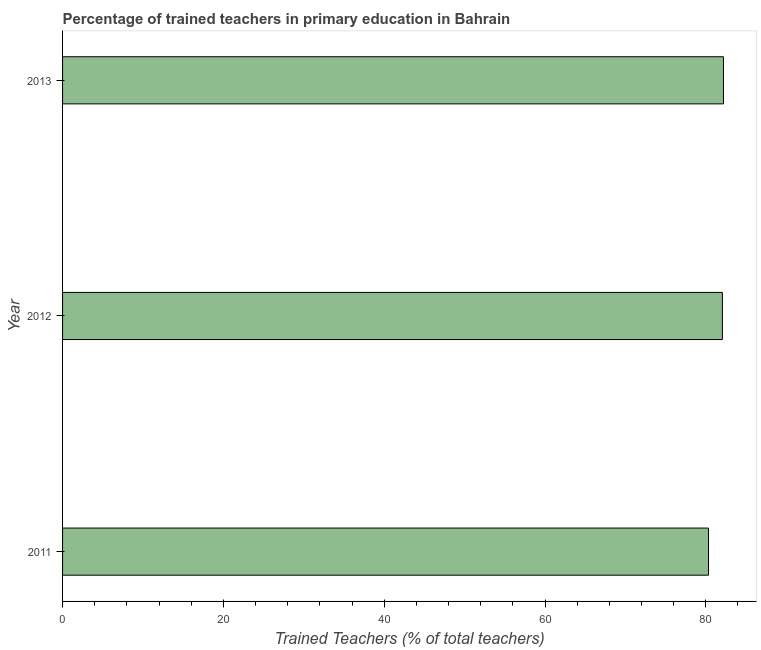
| Year | Trained teacher |
 | --- | --- |
 | 2011 | 80.3 |
 | 2012 | 82.1 |
 | 2013 | 82.2 |